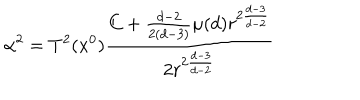
LaTeX: \alpha ^ { 2 } = T ^ { 2 } ( x ^ { 0 } ) \frac { C + \frac { d - 2 } { 2 ( d - 3 ) } \mu ( d ) r ^ { 2 \frac { d - 3 } { d - 2 } } } { 2 r ^ { 2 \frac { d - 3 } { d - 2 } } }